Parnu_kinnistusamet, lk 44
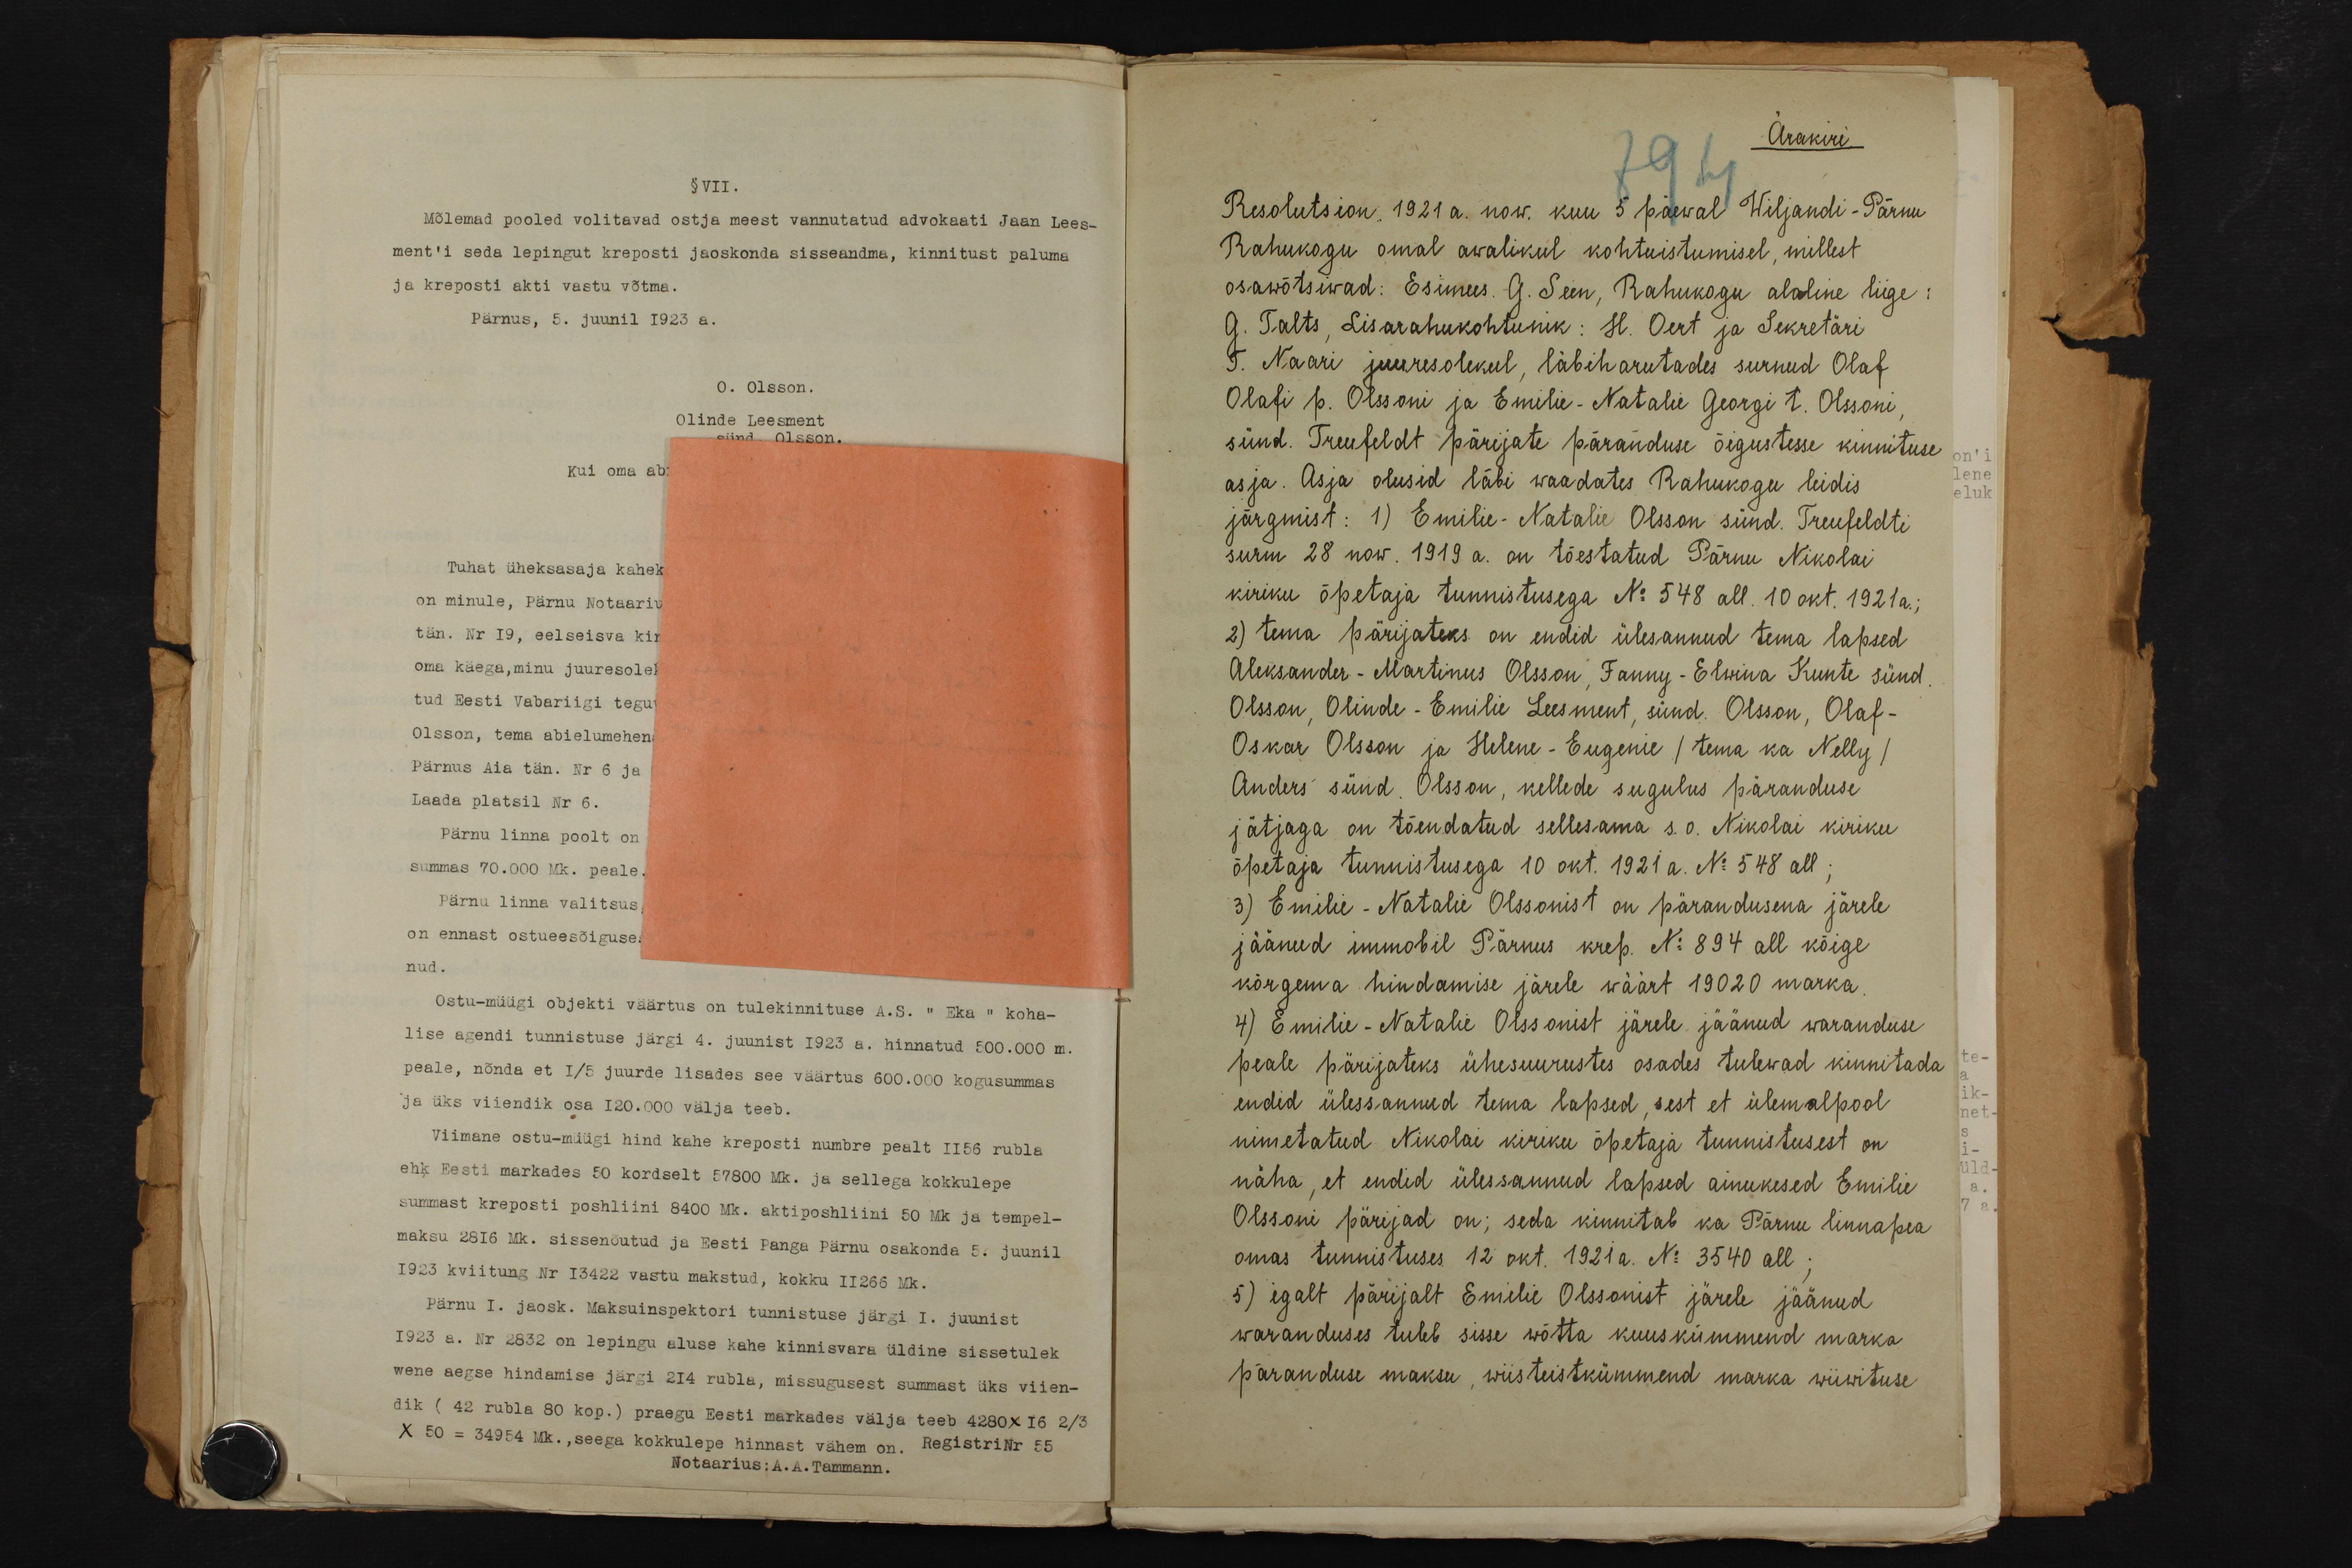
Ärakiri
Resolutsion 1921 a. now. kuu 5 päewal Wiljandi-Pärnu
Rahukogu omal awalikul kohtuistumisel, millest
osawõtsiwad: Esimees. G. Seen, Rahukogu alaline liige:
G. Talts, Lisarahukohtunik: H. Oert ja Sekretäri
T. Naari juuresolekul, läbiharutades surnud Olaf
Olafi p. Olsoni ja Emilie-Natalie Georgi t. Olssoni,
sünd. Treufeldt pärijate päranduse õigustesse kinnituse
asja. Asja olusid läbi waadates Rahukogu leidis
järgmist: 1) Emilie-Natalie Olsson sünd. Treufeldti
surm 28 now. 1919 a. on tõestatud Pärnu Nikolai
kiriku õpetaja tunnistusega No 548 all. 10 okt. 1921 a.
2) tema pärijateks on endid ülesannud tema lapsed
Aleksander-Martinus Olsson, Fanny-Elwira Kunte sünd.
Olsson, Olinde-Emilie Leesment, sünd. Olsson, Olaf-
Oskar Olsson ja Helene-Eugene (tema ka Nelly)
Anders sünd. Olsson, kellede sugulus päranduse,
jätjaga on tõendatud sellesama s.o. Nikolai kiriku
õpetaja tunnistusega 10 okt. 1921 a. No 548 all;
3) Emilie-Natalie Olssonist on pärandusena järele
jäänud immobil Pärnus krep. No 894 all kõige
kõrgema hindamise järele wäärt 19020 marka.
4) Emilie-Natalie Olssonist järele jäänud waranduse
peale pärijateks ühesuurustes osades tulewad kinnitada
endid ülessannud tema lapsed, sest et ülemalpool
nimetatud Nikolai kiriku õpetaja tunnistusest on
näha, et endid ülessannud lapsed ainukesed Emilie
OIssoni pärijad on; seda kinnitab ka Pärnu linnapea
omas tunnistuses 12 okt. 1921 a. No 3540 all ;
5) igalt pärijalt Emilie Olssonist järele jäänud
waranduses tuleb sisse wõtta kuuskümmend marka
päranduse maksu, wiisteistkümmend marka wiiwituse